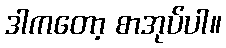
ဒါကတော့ စာအုပ်ပါ။